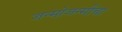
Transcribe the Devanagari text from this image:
जन्मोजन्मींचा